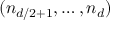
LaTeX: ( n _ { d / 2 + 1 } , \ldots , n _ { d } )